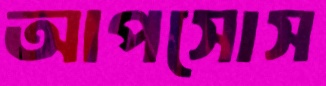
আপসোস